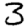
Digit: 3